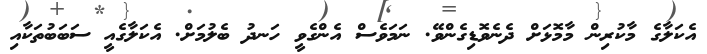
އެކަލާގެ މާކުރިން މާމޮޅަށް ދެނެވޮޑިގެންވޭ. ނަމަވެސް އެންގެވީ ހަނދު ބެލުމަށް. އެކަލާގެއީ ސަބަބުތަކާއި